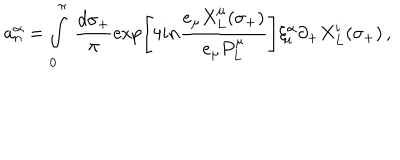
LaTeX: a _ { n } ^ { \alpha } = \int _ { 0 } ^ { \pi } ~ \frac { d \sigma _ { + } } { \pi } \exp \left[ 4 i n \frac { e _ { \mu } X _ { L } ^ { \mu } ( \sigma _ { + } ) } { e _ { \mu } P _ { L } ^ { \mu } } \right] \xi _ { i } ^ { \alpha } \partial _ { + } X _ { L } ^ { i } ( \sigma _ { + } ) \, ,